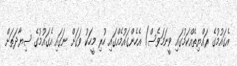
އެގައުމުގެ ރައްޔިތެއްކަމުގައި ވީނަމަވެސް) އެހެންގައުމެއްގައި ހުރި މީހަކު ވަގަށް ނަގައި އެގައުމުގެ ސިޔާދަތަށް